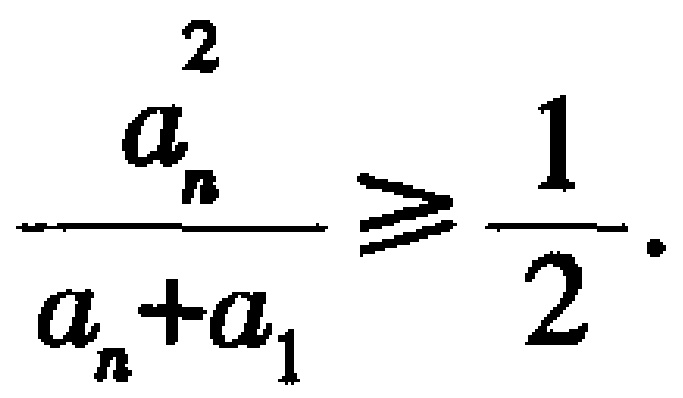
$\frac{a_{n}^{2}}{a_{n}+a_{1}}\geqslant\frac{1}{2}.$